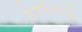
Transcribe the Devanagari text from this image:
डेवकैनटॉन